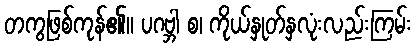
တကွဖြစ်ကုန်၏။ ပဂဗ္ဘါ စ၊ ကိုယ်နှုတ်နှလုံးလည်းကြမ်း